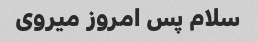
سلام پس امروز میروی